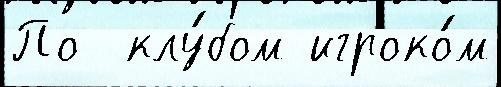
По  клу́бом игроко́м